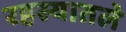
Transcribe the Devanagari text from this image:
रहस्यातले